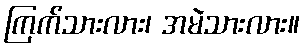
ကြက်သားလား၊ အမဲသားလား။